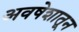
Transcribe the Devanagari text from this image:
अवषेशातून